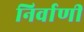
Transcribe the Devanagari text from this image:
निर्वाणीं